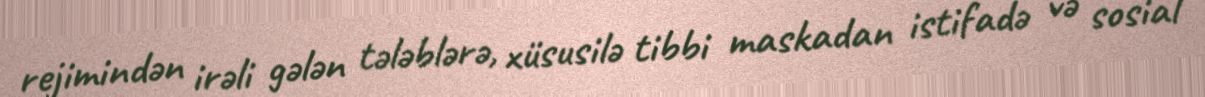
rejimindən irəli gələn tələblərə, xüsusilə tibbi maskadan istifadə və sosial